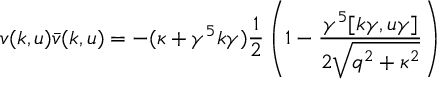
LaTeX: v ( k , u ) \bar { v } ( k , u ) = - ( \kappa + \gamma ^ { 5 } k \gamma ) \frac { 1 } { 2 } \left( 1 - \frac { \gamma ^ { 5 } [ k \gamma , u \gamma ] } { 2 \sqrt { q ^ { 2 } + \kappa ^ { 2 } } } \right)